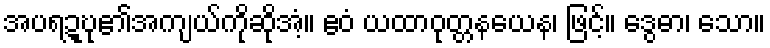
အပရဍ္ဎု၏အကျယ်ကိုဆိုအံ့။ ဧဝံ ယထာဝုတ္တနယေန၊ ဖြင့်။ ဒွေဓာ၊ သော။